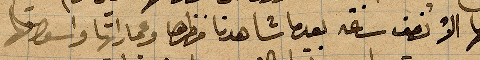
فيها الا نصف ساعة بعدما شاهدنا مظهرها وعماراتها واوسواقها